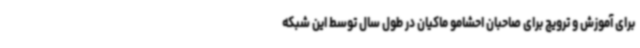
برای آموزش و ترویج برای صاحبان احشامو ماکیان در طول سال توسط این شبکه